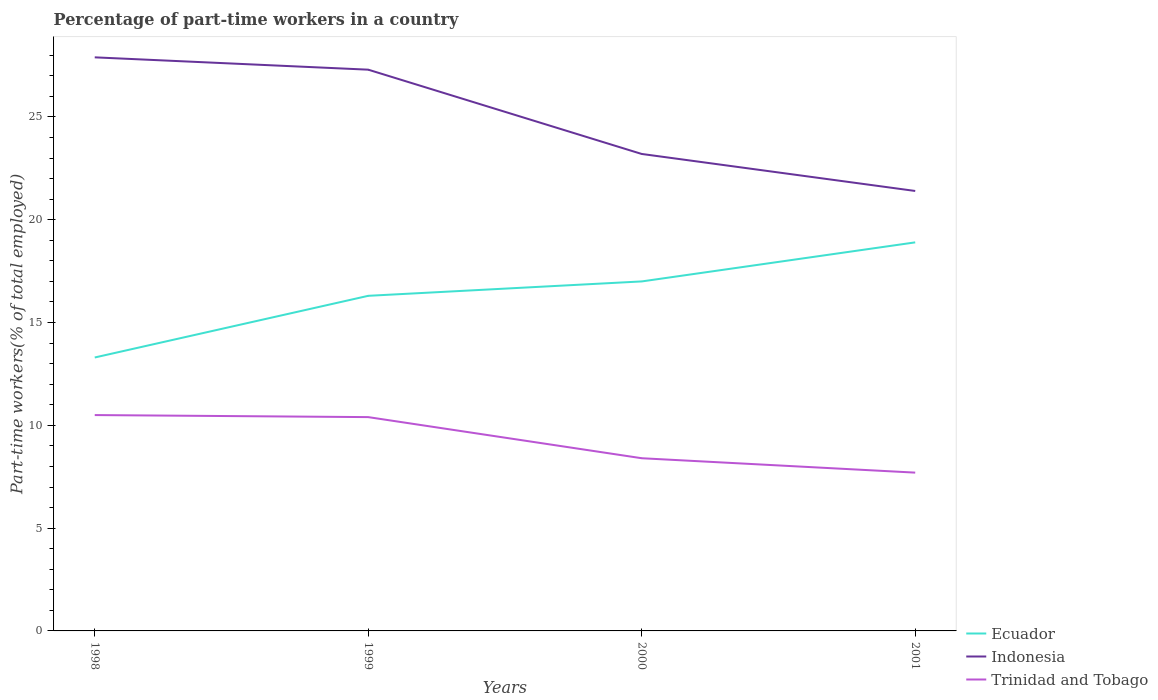
| Years | Ecuador | Indonesia | Trinidad and Tobago |
 | --- | --- | --- | --- |
 | 1998 | 13.3 | 27.9 | 10.5 |
 | 1999 | 16.3 | 27.3 | 10.4 |
 | 2000 | 17 | 23.2 | 8.4 |
 | 2001 | 18.9 | 21.4 | 7.7 |